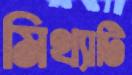
মিথ্যাটি